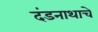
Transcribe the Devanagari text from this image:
दंडनाथाचे